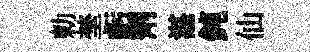
勅埜虧劑湛鈍仙